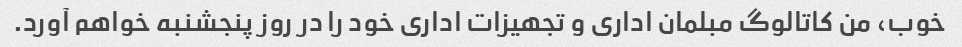
خوب، من کاتالوگ مبلمان اداری و تجهیزات اداری خود را در روز پنجشنبه خواهم آورد.